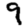
Digit: 9